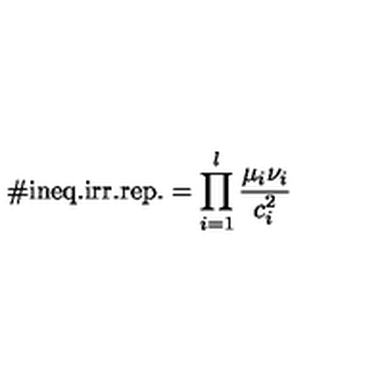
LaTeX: \# \mathrm { i n e q . i r r . r e p . } = \prod _ { i = 1 } ^ { l } \frac { \mu _ { i } \nu _ { i } } { c _ { i } ^ { 2 } }